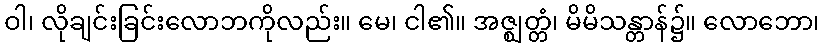
ဝါ၊ လိုချင်းခြင်းလောဘကိုလည်း။ မေ၊ ငါ၏။ အဇ္ဈတ္တံ၊ မိမိသန္တာန်၌။ လောဘော၊